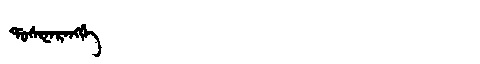
Manchu: ᡩᠣᠰᡳᠨᠠᡵᠠᠩᡤᡝ
Romanization: DOSINARANGGE